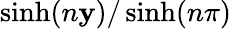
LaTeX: \sinh(n\mathbf{y})/\sinh(n\pi)